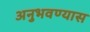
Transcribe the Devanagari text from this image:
अनुभवण्यास